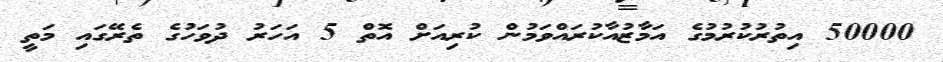
50000 އިތުރުކުރުމުގެ އަމާޒުއާކުރައްވަމުން ކުރިއަށް އޮތް 5 އަހަރު ދުވަހުގެ ތެރޭގައި މަތީ